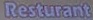
Resturant